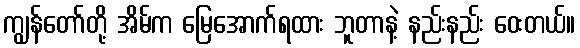
ကျွန်တော်တို့ အိမ်က မြေအောက်ရထား ဘူတာနဲ့ နည်းနည်း ဝေးတယ်။